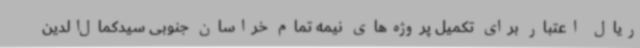
ریال اعتبار برای تکمیل پروژه‌های نیمه تمام خراسان جنوبی سیدکمال‌الدین